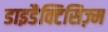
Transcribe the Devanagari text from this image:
डाइडैक्टिसिज़्म